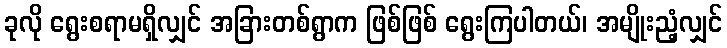
ခုလို ရွေးစရာမရှိလျှင် အခြားတစ်ရွာက ဖြစ်ဖြစ် ရွေးကြပါတယ်၊ အမျိုးညံ့လျှင်